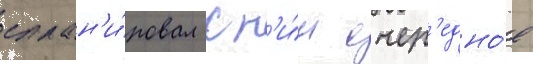
сплан'и́ровал с н'и́м очер'едно́е